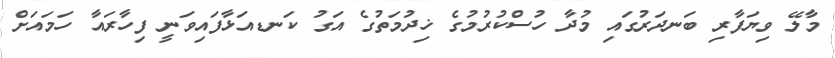
މާލޭ ވިޔަފާރި ބަނދަރުގައި މުދާ ހުސްކުރުމުގެ ޚިދުމަތުގެ އަގު ކަނޑއަޅާފައިވަނީ ފިހާރައާ ހަމައަށް